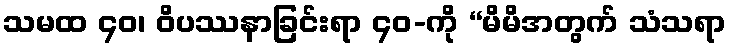
သမထ ၄၀၊ ဝိပဿနာခြင်းရာ ၄၀-ကို “မိမိအတွက် သံသရာ